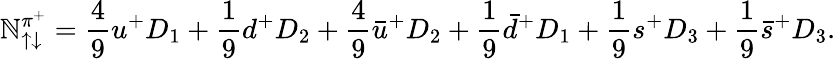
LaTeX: \mathbb{N}_{\uparrow\downarrow}^{\pi^{+}}=\frac{{4}}{{9}}u^{+}D_{1}+\frac{{1}}{{9}}d^{+}D_{2}+\frac{{4}}{{9}}\bar{{u}}^{+}D_{2}+\frac{{1}}{{9}}\bar{{d}}^{+}D_{1}+\frac{{1}}{{9}}s^{+}D_{3}+\frac{{1}}{{9}}\bar{{s}}^{+}D_{3}.